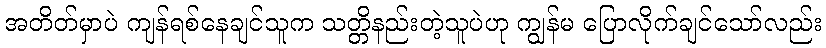
အတိတ်မှာပဲ ကျန်ရစ်နေချင်သူက သတ္တိနည်းတဲ့သူပဲဟု ကျွန်မ ပြောလိုက်ချင်သော်လည်း